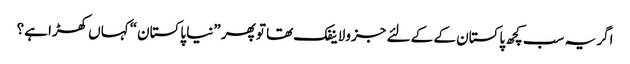
اگر یہ سب کچھ پاکستان کے کے لئے جزولاینفک تھا تو پھر ”نیا پاکستان“ کہاں کھڑا ہے؟